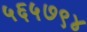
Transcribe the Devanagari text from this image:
५६५७९४